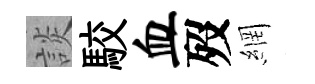
談駮血歿網